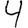
Digit: 4